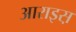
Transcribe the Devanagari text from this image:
आराइस़